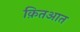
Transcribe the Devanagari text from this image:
क़ितआत